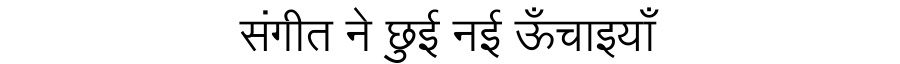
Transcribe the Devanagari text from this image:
संगीत ने छुई नई ऊँचाइयाँ